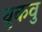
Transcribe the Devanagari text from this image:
चुकवु